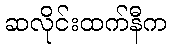
ဆလိုင်းထက်နီက